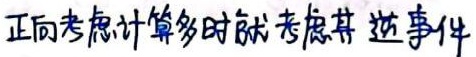
正向考虑计算多时就考虑其逆事件